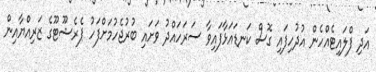
އަދި ފްލައިޓެއްހެން އުދުހިފައި ގޮސް ކަނޑައަޅާފައިވާ ސަރަހައްދު ވަށައި ބުރުޖެހުމަށްފަހު ޕެރެޝޫޓޫގެ ޒަރިއްޔާއިން